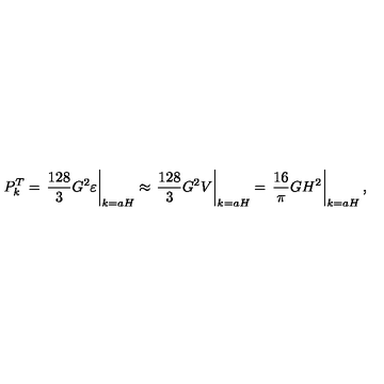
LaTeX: P _ { k } ^ { T } = \left. \frac { 1 2 8 } { 3 } G ^ { 2 } \varepsilon \right| _ { k = a H } \approx \left. \frac { 1 2 8 } { 3 } G ^ { 2 } V \right| _ { k = a H } = \left. \frac { 1 6 } { \pi } G H ^ { 2 } \right| _ { k = a H } ,